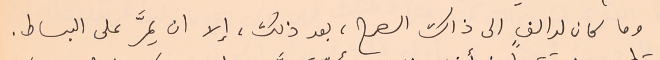
وما كان لدالفٍ الى ذاك الصرح، بعد ذلك، إلا ان يمرَّ على البساط.